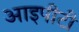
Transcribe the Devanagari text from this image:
आइपीटी